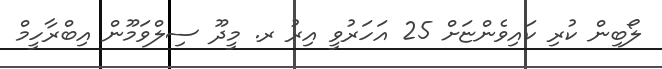
ލޯބިން ކުރި ކައިވެންޏަށް 25 އަހަރުވީ އިރު ރ. މީދޫ ސިލްވަމޫން އިބްރާހީމް